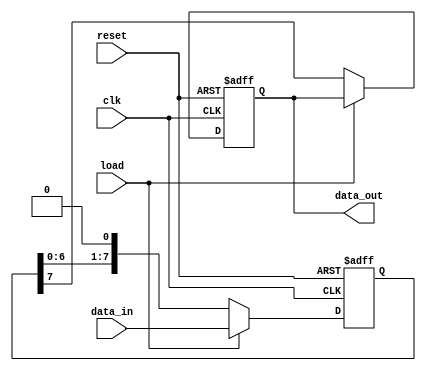
module PISO_Register #(
    parameter WIDTH = 8 // Parameter to set the width of the register
)(
    input wire [WIDTH-1:0] data_in, // Parallel input data bus
    input wire load,                // Control signal to load data
    input wire clk,                 // Clock signal
    input wire reset,               // Asynchronous reset signal
    output reg data_out             // Serial output data line
);

    reg [WIDTH-1:0] shift_reg; // Internal shift register

    always @(posedge clk or posedge reset) begin
        if (reset) begin
            // On reset, clear the shift register and output
            shift_reg <= {WIDTH{1'b0}};
            data_out <= 1'b0;
        end else if (load) begin
            // On load, capture the parallel data into the shift register
            shift_reg <= data_in;
        end else begin
            // On shift operation, shift out the MSB
            data_out <= shift_reg[WIDTH-1];
            // Shift the register left to remove the output bit
            shift_reg <= {shift_reg[WIDTH-2:0], 1'b0};
        end
    end

endmodule